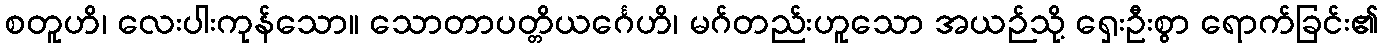
စတူဟိ၊ လေးပါးကုန်သော။ သောတာပတ္တိယင်္ဂေဟိ၊ မဂ်တည်းဟူသော အယဉ်သို့ ရှေးဦးစွာ ရောက်ခြင်း၏